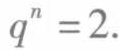
\(q^{n}=2.\)